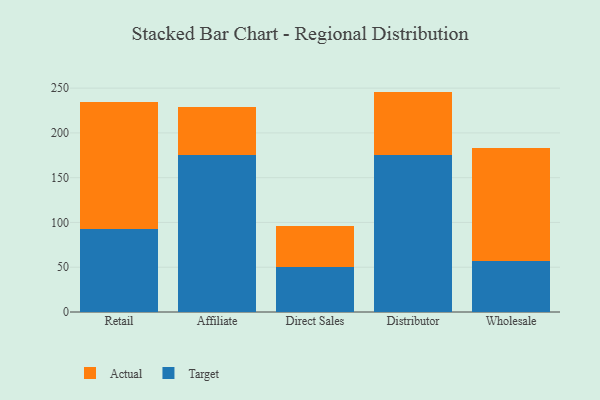
{"axis": {"x": "Channel", "y": "Temperature (°C)"}, "legend": ["Actual", "Target"], "data": [{"x": "Retail", "y": 92.2, "type": "Target"}, {"x": "Retail", "y": 142.6, "type": "Actual"}, {"x": "Affiliate", "y": 175.1, "type": "Target"}, {"x": "Affiliate", "y": 53.8, "type": "Actual"}, {"x": "Direct Sales", "y": 50.2, "type": "Target"}, {"x": "Direct Sales", "y": 45.6, "type": "Actual"}, {"x": "Distributor", "y": 175.5, "type": "Target"}, {"x": "Distributor", "y": 70.6, "type": "Actual"}, {"x": "Wholesale", "y": 57.4, "type": "Target"}, {"x": "Wholesale", "y": 126.2, "type": "Actual"}]}